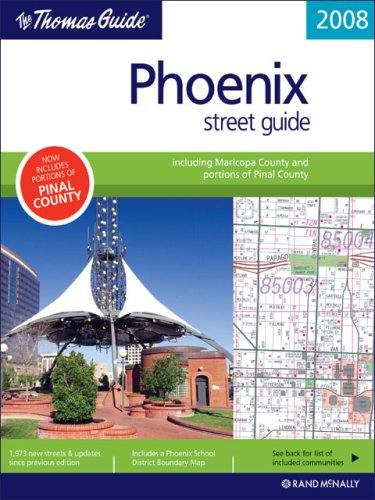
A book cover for The Thomas Guide Phoenix Street Guide (Thomas Guide Phoenix Metropolitan Area Street Guide & Directory); Rand Mcnally; Travel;